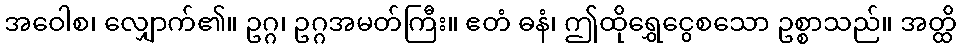
အဝေါစ၊ လျှောက်၏။ ဥဂ္ဂ၊ ဥဂ္ဂအမတ်ကြီး။ ဧတံ ဓနံ၊ ဤထိုရွှေငွေစသော ဥစ္စာသည်။ အတ္ထိ